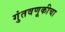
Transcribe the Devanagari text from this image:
गुंतवणूकीचा